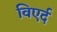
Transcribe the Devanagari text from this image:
विएर्द